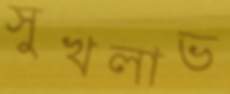
সুখলাভ